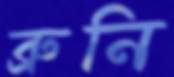
ব্রুনি